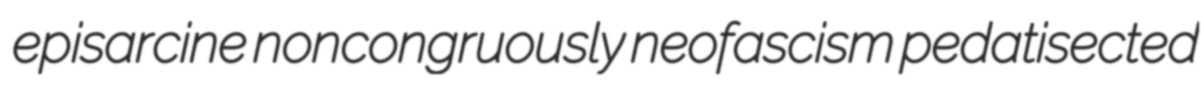
episarcine noncongruously neofascism pedatisected